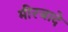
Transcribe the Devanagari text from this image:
मीरजादे